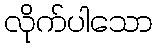
လိုက်ပါသော